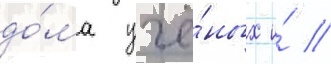
до́ма учё́ных и́ //